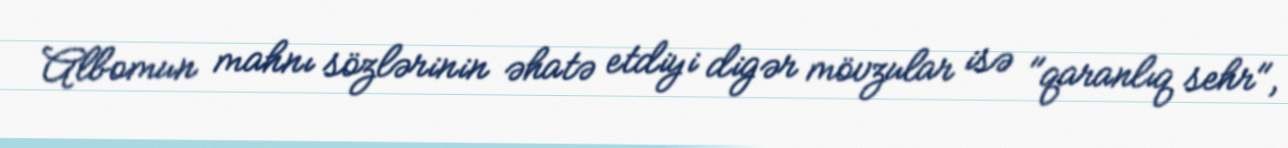
Albomun mahnı sözlərinin əhatə etdiyi digər mövzular isə "qaranlıq sehr",